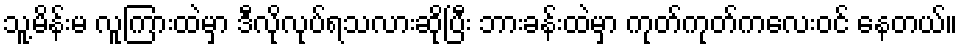
သူ့မိန်းမ လူကြားထဲမှာ ဒီလိုလုပ်ရသလားဆိုပြီး ဘားခန်းထဲမှာ ကုတ်ကုတ်ကလေးဝင် နေတယ်။